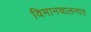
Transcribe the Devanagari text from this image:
विमानचालनात